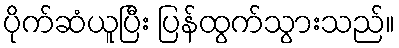
ပိုက်ဆံယူပြီး ပြန်ထွက်သွားသည်။